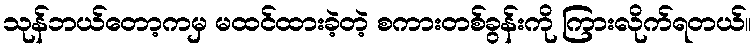
သုန်ဘယ်တော့ကမှ မထင်ထားခဲ့တဲ့ စကားတစ်ခွန်းကို ကြားလိုက်ရတယ်။